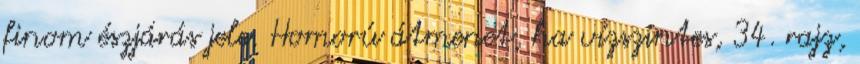
finom észjárás jele. Homorú átmenet, ha vízszintes, 34. rajz,